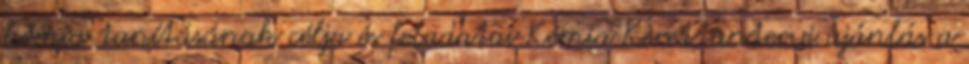
kémia tanításának célja és feladatai Kémia Kerettantervi ajánlás a